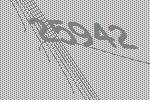
25942